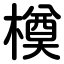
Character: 橂